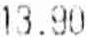
13.90